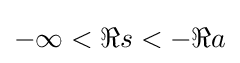
-\infty <\Re s<-\Re a